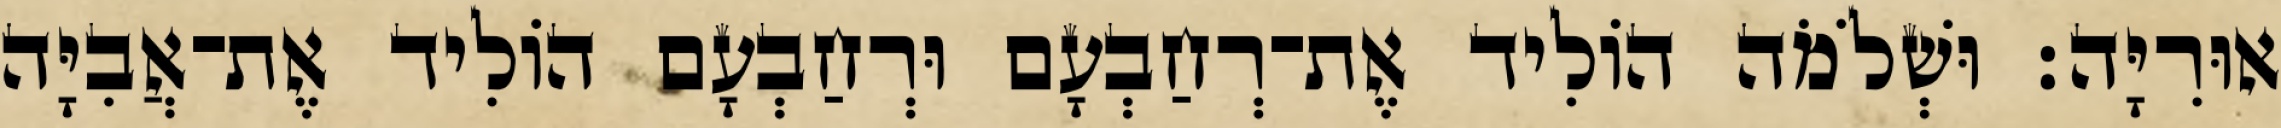
אוּרִיָּה׃ וּשְׁלֹמֹה הוֹלִיד אֶת־רְחַבְעָם וּרְחַבְעָם הוֹלִיד אֶת־אֲבִיָּה